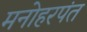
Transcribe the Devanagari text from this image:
मनोहरपंत